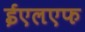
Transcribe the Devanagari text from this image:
ईएलएफ